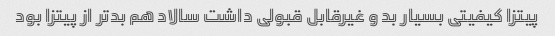
پیتزا کیفیتی بسیار بد و غیرقابل قبولی داشت سالاد هم بدتر از پیتزا بود